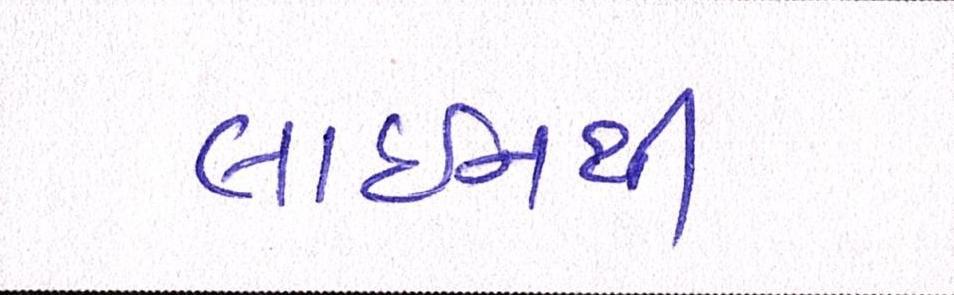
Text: લાઈનથી